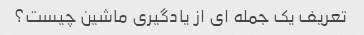
تعریف یک جمله ای از یادگیری ماشین چیست؟